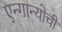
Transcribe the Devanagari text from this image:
एन्गान्योची